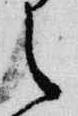
之